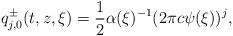
LaTeX: \begin{align*} q ^ \pm _ { j , 0 } ( t , z , \xi ) = \frac 1 2 \alpha ( \xi ) ^ { - 1 } ( 2 \pi c \psi ( \xi ) ) ^ j ,\end{align*}